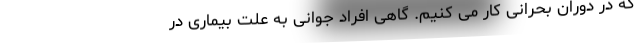
که در دوران بحرانی کار می کنیم. گاهی افراد جوانی به علت بیماری در